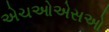
એચઓએસઓ